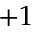
+ 1